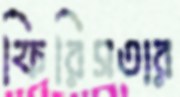
ফিরিসতার